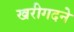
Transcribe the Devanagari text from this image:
खरीगदने